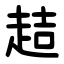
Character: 趌